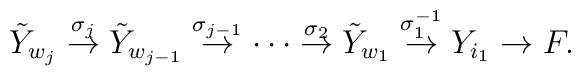
\tilde{Y}_{w_{j}}\stackrel{\sigma_{j}}{\rightarrow}\tilde{Y}_{w_{j-1}}\stackrel{\sigma_{j-1}}{\rightarrow}\cdots\stackrel{\sigma_{2}}{\rightarrow}\tilde{Y}_{w_{1}}\stackrel{\sigma_{1}^{-1}}{\rightarrow}Y_{i_{1}}\rightarrow F .